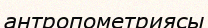
антропометриясы